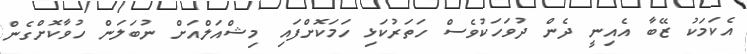
އެކަމަކު ޒޭބާ އެއިނީ ދެން ދުވަހަކުވެސް ހަތަރުކަޅި ހަމަކޮށްފައި މިޝްއަލްއަށް ނުބަލަން ހުވާކޮށްގެން